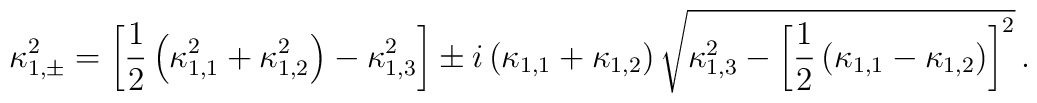
\kappa^{2}_{1,\pm} = \left[ \frac{1}{2} \left( \kappa^{2}_{1,1} +\kappa^{2}_{1,2} \right) - \kappa^{2}_{1,3} \right] \pm i \left(\kappa_{1,1} + \kappa_{1,2} \right) \sqrt{\kappa^{2}_{1,3} -\left[\frac{1}{2} \left( \kappa_{1,1} - \kappa_{1,2} \right)\right]^{2}}\, .